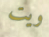
ويت